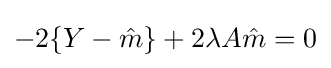
-2\{Y-{\hat {m}}\}+2\lambda A{\hat {m}}=0